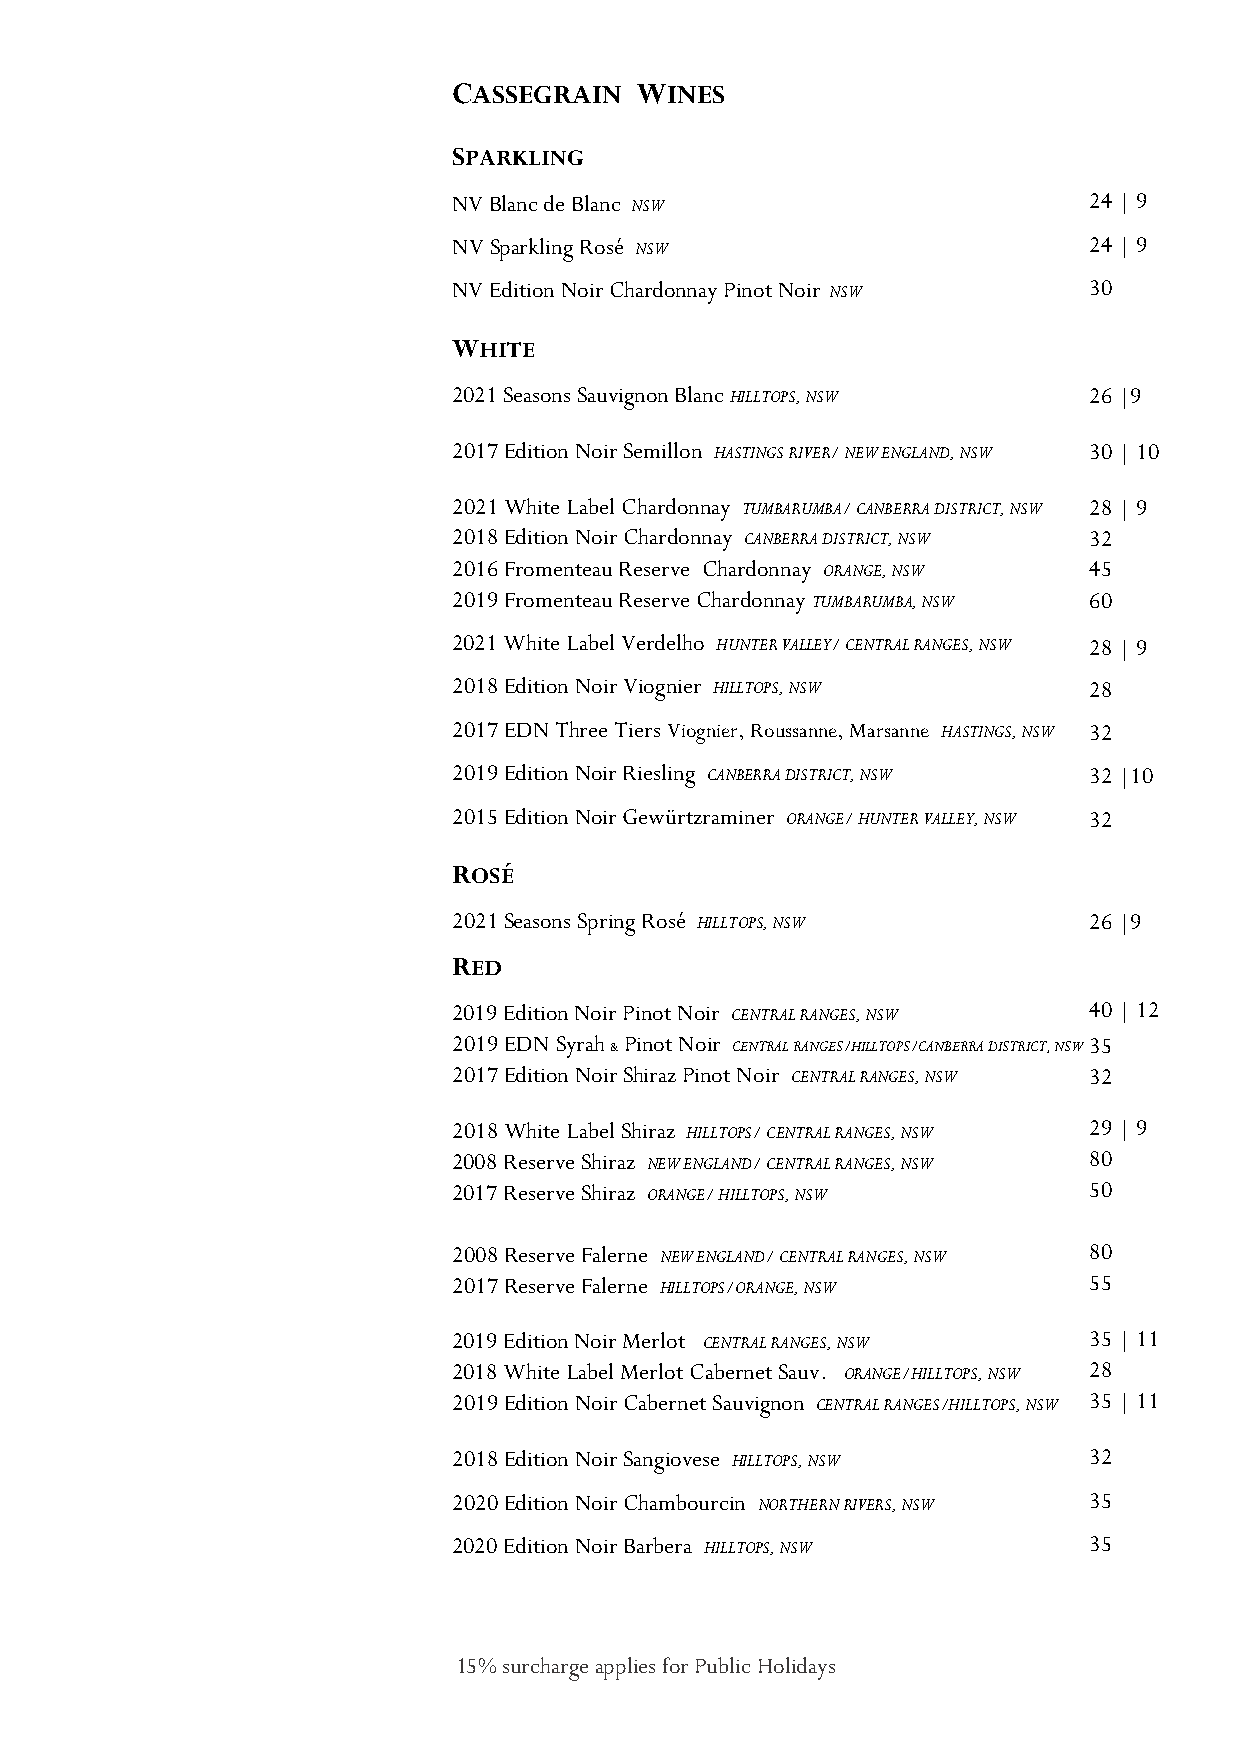
CASSEGRAIN  WINES
 SPARKLING
 NV Blanc de Blanc NSW                     24 | 9
 NV Sparkling Rosé NSW                     24 | 9
 NV Edition Noir Chardonnay Pinot Noir NSW 30
 WHITE
 2021 Seasons Sauvignon Blanc HILLTOPS, NSW 26 |9
 2017 Edition Noir Semillon HASTINGS RIVER/ NEW ENGLAND, NSW 30 | 10
 2021 White Label Chardonnay TUMBARUMBA/ CANBERRA DISTRICT, NSW 28 | 9
 2018 Edition Noir Chardonnay CANBERRA DISTRICT, NSW 32
 2016 Fromenteau Reserve Chardonnay ORANGE, NSW 45
 2019 Fromenteau Reserve Chardonnay TUMBARUMBA, NSW 60
 2021 White Label Verdelho HUNTER VALLEY/ CENTRAL RANGES, NSW 28 | 9
 2018 Edition Noir Viognier HILLTOPS, NSW  28
 2017 EDN Three Tiers Viognier, Roussanne, Marsanne HASTINGS, NSW 32
 2019 Edition Noir Riesling CANBERRA DISTRICT, NSW 32 |10
 2015 Edition Noir Gewürtzraminer ORANGE/ HUNTER VALLEY, NSW 32
 ROSÉ
 2021 Seasons Spring Rosé HILLTOPS, NSW    26 |9
 RED
 2019 Edition Noir Pinot Noir CENTRAL RANGES, NSW 40 | 12
 2019 EDN Syrah & Pinot Noir CENTRAL RANGES/HILLTOPS/CANBERRA DISTRICT, NSW 35
 2017 Edition Noir Shiraz Pinot Noir CENTRAL RANGES, NSW 32
 2018 White Label Shiraz HILLTOPS/ CENTRAL RANGES, NSW 29 | 9
 2008 Reserve Shiraz NEW ENGLAND/ CENTRAL RANGES, NSW 80
 2017 Reserve Shiraz ORANGE/ HILLTOPS, NSW 50
 2008 Reserve Falerne NEW ENGLAND/ CENTRAL RANGES, NSW 80
 2017 Reserve Falerne HILLTOPS/ORANGE, NSW 55
 2019 Edition Noir Merlot CENTRAL RANGES, NSW 35 | 11
 2018 White Label Merlot Cabernet Sauv. ORANGE/HILLTOPS, NSW 28
 2019 Edition Noir Cabernet Sauvignon CENTRAL RANGES/HILLTOPS, NSW 35 | 11
 2018 Edition Noir Sangiovese HILLTOPS, NSW 32
 2020 Edition Noir Chambourcin NORTHERN RIVERS, NSW 35
 2020 Edition Noir Barbera HILLTOPS, NSW   35
 15% surcharge applies for Public Holidays